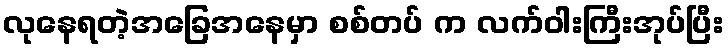
လုနေရတဲ့အခြေအနေမှာ စစ်တပ် က လက်ဝါးကြီးအုပ်ပြီး